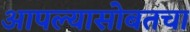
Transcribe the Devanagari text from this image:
आपल्यासोबतचा